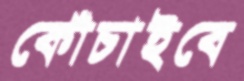
কোঁচাইবে